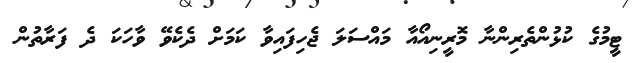
ޓީމުގެ ކުޅުންތެރިންނާ މޮރީނިއޯއާ މައްސަލަ ޖެހިފައިވާ ކަމަށް ދެކެވޭ ވާހަކަ ދެ ފަރާތުން